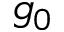
g _ { 0 }